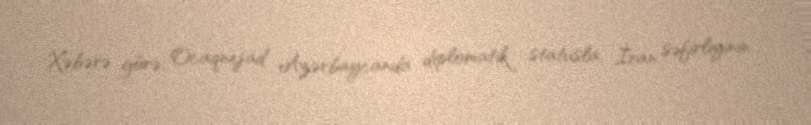
Xəbərə görə, Ocaqnejad Azərbaycanda diplomatik statusla, İran səfirliyinin